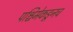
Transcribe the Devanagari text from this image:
पश्चिमेकडूनच